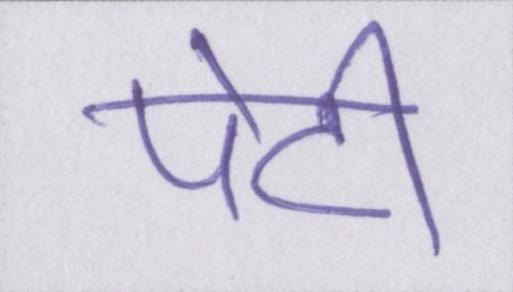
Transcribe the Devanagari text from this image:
पेटी